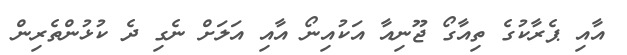
އާއި ޕެރާކުގެ ތިއާގޯ ޖޫނިއާ އަކުއިނޯ އާއި އަލަށް ނެގި ދެ ކުޅުންތެރިން